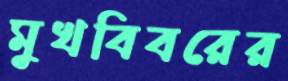
মুখবিবরের